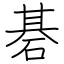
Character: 碁